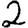
Digit: 2